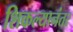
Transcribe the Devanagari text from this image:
शिकल्यानंतर